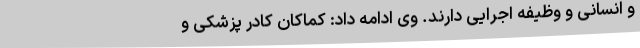
و انسانی و وظیفه اجرایی دارند. وی ادامه داد: کماکان کادر پزشکی و